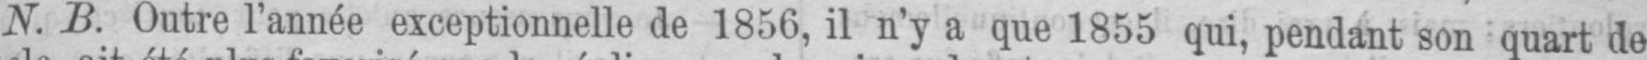
N. B. Outre l’année exceptionnelle de 1856, il n’y a que 1855 qui, pendant son quart de